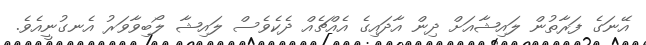
އޭނަގެ ފަރާތުން ލައިޝާއަށް ދިން އާދައިގެ އެއްޗެއް ދެކެވެސް ލައިޝާ ލޯބިވާވަރު އެނގުނީއެވެ.